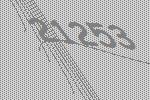
21253